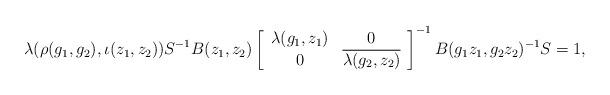
LaTeX: \begin{align*}\lambda(\rho(g_1,g_2),\iota(z_1,z_2))S^{-1}B(z_1,z_2)\left[\begin{array}{cc}\lambda(g_1,z_1) & 0\\0 & \overline{\lambda(g_2,z_2)}\end{array}\right]^{-1}B(g_1z_1,g_2z_2)^{-1}S=1,\end{align*}